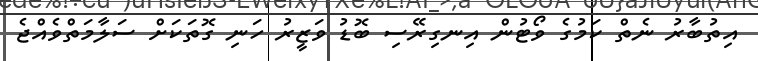
އިތުބާރު ނެތް ކަމުގެ ވޯޓުން އިނގިރޭސި ބޮޑު ވަޒީރު ހަނި ގޮތަކަށް ސަލާމަތްވެއްޖެ